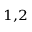
^ { 1 , 2 }